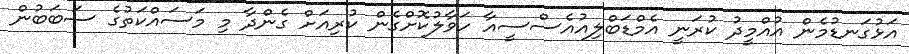
އަޅުގަނޑުމެން އުއްމީދު ކުރަނީ އެމްޑަބްލިއުއެސްސީއާ ހަވާލުކޮށްގެން ކުރިއަށް ގެންދާ މި މަސައްކަތުގެ ސަބަބުން